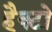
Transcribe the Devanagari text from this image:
हैक्टो